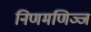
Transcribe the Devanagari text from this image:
निणमणिञ्ज